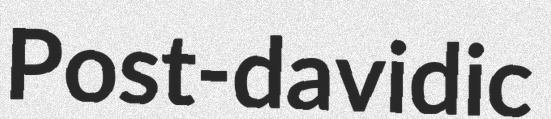
Post-davidic